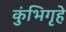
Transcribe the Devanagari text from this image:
कुंभिगृहे